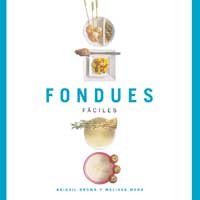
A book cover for Fondues (Fondue Made Easy) (Spanish Edition); Abigail Brown; Cookbooks, Food & Wine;